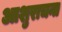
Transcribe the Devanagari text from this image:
आशुराचना